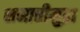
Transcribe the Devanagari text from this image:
समाप्तीमुद्रा